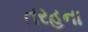
તરહના